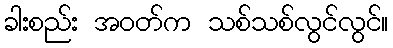
ခါးစည်း အဝတ်က သစ်သစ်လွင်လွင်။